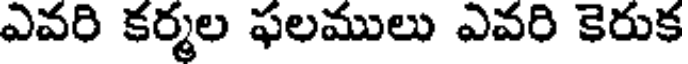
ఎవరి కర్మల ఫలములు ఎవరి కెరుక